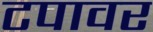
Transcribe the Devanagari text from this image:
टपावर